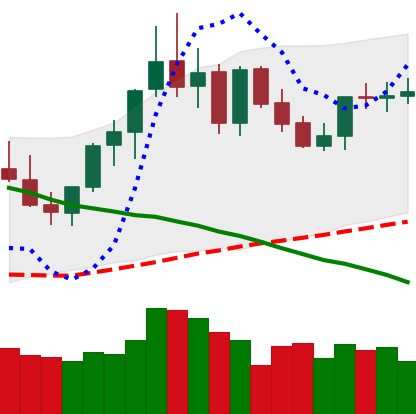
Ticker: XMR-USD
Chart end date: 2021-09-04
Forward return: -14.384%
Label: down_7plus